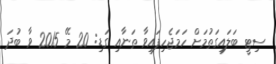
ސިޓީ ބަލައިގަތުމަށް ހަމަޖެހިފައިވާ ތަނާއި ގަޑި: 20 މޭ 2015 ވާ ބުދަ